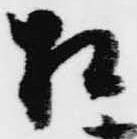
相